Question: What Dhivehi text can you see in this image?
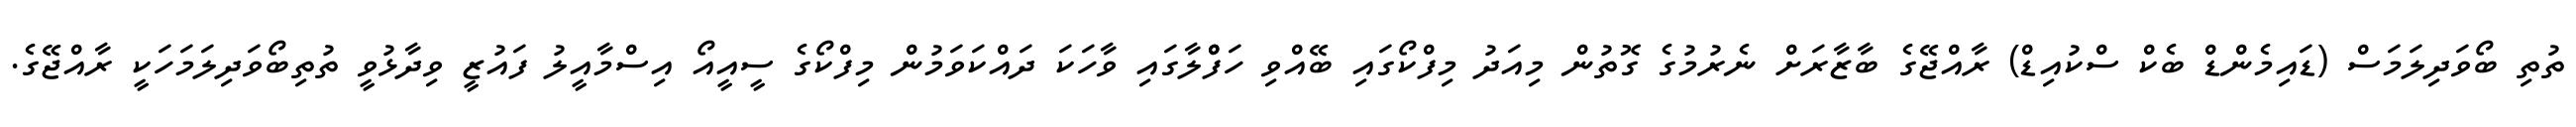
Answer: ތުތި ބޯވަދިލަމަސް (ޑައިމެންޑް ބެކް ސްކުއިޑް) ރާއްޖޭގެ ބާޒާރަށް ނެރުމުގެ ގޮތުން މިއަދު މިފްކޯގައި ބޭއްވި ހަފްްލާގައި ވާހަކަ ދައްކަވަމުން މިފްކޯގެ ސީއީއޯ އިސްމާއީލު ފައުޒީ ވިދާޅުވީ ތުތިބޯވަދިލަމަހަކީ ރާއްޖޭގެ.